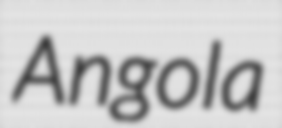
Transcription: Angola